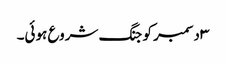
۳ دسمبر کو جنگ شروع ہوئی۔